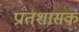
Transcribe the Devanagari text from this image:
प्रांतशासक